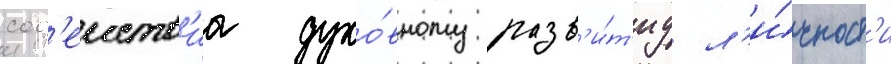
сод'еиств'иа духо́вному разв'и́т'иу л'и́чност'и